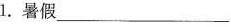
l。暑假___